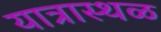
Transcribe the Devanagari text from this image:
यात्रास्थळ